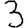
Digit: 3